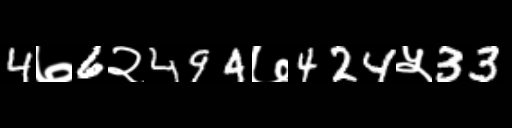
Text: 4७6२494७424५33